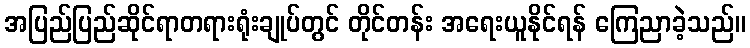
အပြည်ပြည်ဆိုင်ရာတရားရုံးချုပ်တွင် တိုင်တန်း အရေးယူနိုင်ရန် ကြေညာခဲ့သည်။